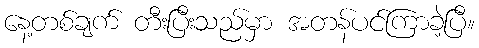
နေ့တစ်ချက် တီးပြီးသည်မှာ အတန်ပင်ကြာခဲ့ပြီ။